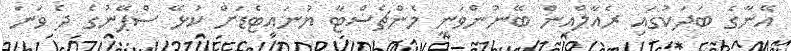
އޭނާގެ ބަދަކުގައި ރެއާލްއިން ބޭނުންވަނީ މެންޗެސްޓާ ޔުނައިޓެޑަށް ކުޅޭ ސްޕޭނުގެ ދެ ވަނަ